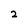
Character: 2